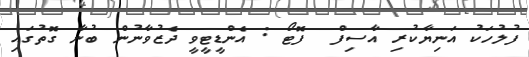
ފުލުހަކު އަނިޔާކުރި އާސިފް  ފޮޓޯ : އެންޑީޓީވީ ދެޒުވާނުން ބުނާ ގޮތުގައި